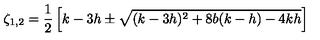
\zeta _ { 1 , 2 } = \frac { 1 } { 2 } \left[ k - 3 h \pm \sqrt { ( k - 3 h ) ^ { 2 } + 8 b ( k - h ) - 4 k h } \right]